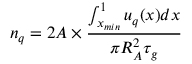
n _ { q } = 2 A \times \frac { \int _ { x _ { m i n } } ^ { 1 } u _ { q } ( x ) d x } { \pi R _ { A } ^ { 2 } \tau _ { g } }